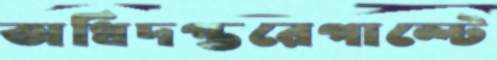
অধিদপ্তরেপাল্টে